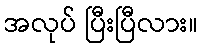
အလုပ် ပြီးပြီလား။